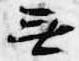
無